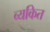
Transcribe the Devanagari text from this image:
व्‍यकित